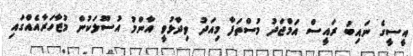
އީސީގެ ނައިބު ރައީސް އަމްޖަދު މުސްތަފާ މިއަދު ވިދާޅުވީ އާންމު އުސޫލަކުން މުޒާހަރާއެއްގައި